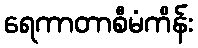
ရေကာတာစီမံကိန်း